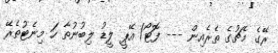
ރޭގެ މެޗުގެ ތެރެއިން --- ފޮޓޯ/ އޭޕީ ލީޑު ލިބުނުތާ ހަ މިނެޓުތެރޭ